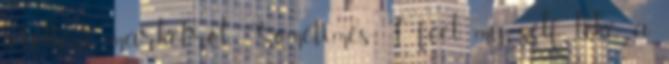
letölteni marketről. Sometimes I feel my self like a